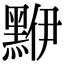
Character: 𪑁